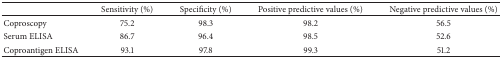
|  | Sensitivity (%) | Specificity (%) | Positive predictive values (%) | Negative predictive values (%) |
 | --- | --- | --- | --- | --- |
 | Coproscopy | 75.2 | 98.3 | 98.2 | 56.5 |
 | Serum ELISA | 86.7 | 96.4 | 98.5 | 52.6 |
 | Coproantigen ELISA | 93.1 | 97.8 | 99.3 | 51.2 |